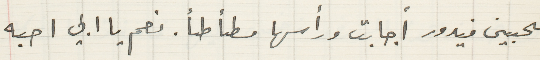
تحبين فيدور أجابت ورأسها مطأطأ. نعم يا ابي احبه